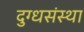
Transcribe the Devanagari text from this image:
दुग्धसंस्था